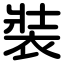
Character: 裝